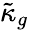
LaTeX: \tilde{\kappa}_{g}